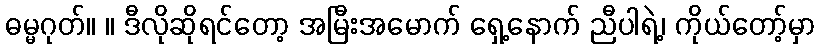
ဓမ္မဂုတ်။ ။ ဒီလိုဆိုရင်တော့ အမြီးအမောက် ရှေ့နောက် ညီပါရဲ့၊ ကိုယ်တော့်မှာ